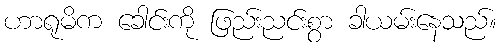
ဟာရုမိက ခေါင်းကို ဖြည်းညင်းစွာ ခါယမ်းနေသည်။